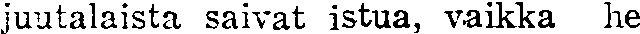
juutalaista saivat istua, vaikka he